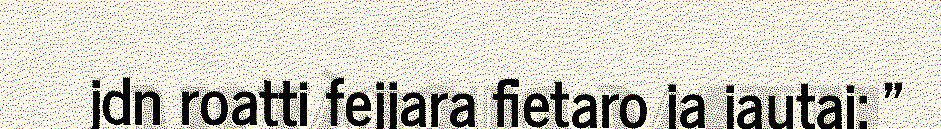
jdn roatti fejjara fietaro ja jautai: "